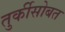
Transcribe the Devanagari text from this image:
तुर्कीसोबत